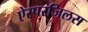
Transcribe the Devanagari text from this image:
ऐस्परजिलस